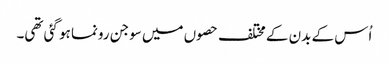
اُس کے بدن کے مختلف حصوں میں سوجن رونما ہو گئی تھی۔